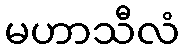
မဟာသီလံ